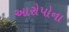
આરોપોના